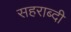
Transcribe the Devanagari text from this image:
सहराब्दी